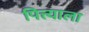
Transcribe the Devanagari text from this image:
पित्त्याला